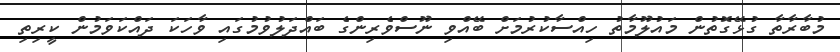
މުބާރާތާ ގުޅޭގޮތުން މައުލޫމާތު ހިއްސާކުރުމަށް ބޭއްވި ނޫސްވެރިންގެ ބައްދަލުވުމުގައި ވާހަކަ ދައްކަވަމުން ކީރިތި